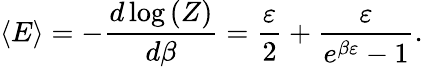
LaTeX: \left\langle E\right\rangle=-{\frac{d\log\left(Z\right)}{d\beta}}={\frac{\varepsilon}{2}}+{\frac{\varepsilon}{e^{\beta\varepsilon}-1}}.